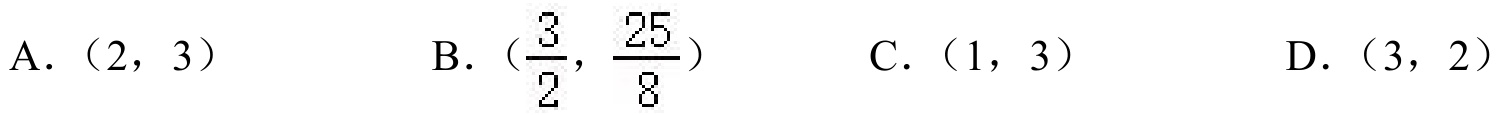
A.（2，3）  B.（\(\frac{3}{2}\)，\(\frac{25}{8}\)）  C.（1，3）  D.（3，2）